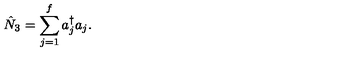
\hat { N } _ { 3 } = \sum \sp f _ { j = 1 } a _ { j } \sp { \dagger } a _ { j } .